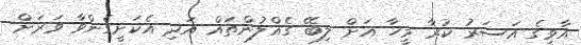
އާވީގެ އަސަރު ކުރާ މީހާ އަށް ލިބޭ ގެއްލުންތައް އަދި އެކަށީގެންވާ ވަރަށް